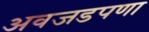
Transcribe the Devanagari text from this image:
अवजडपणा